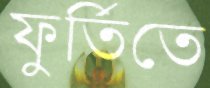
ফুর্তিতে